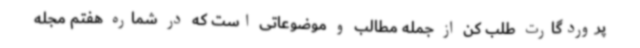
پروردگارت طلب کن از جمله مطالب و موضوعاتی است که در شماره هفتم مجله